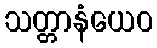
သတ္တာနံယေဝ